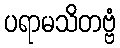
ပရာမသိတဗ္ဗံ